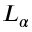
L _ { \alpha }